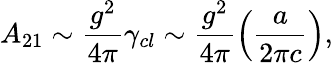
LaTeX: A_{21}\sim\frac{g^{2}}{4\pi}\gamma_{cl}\sim\frac{g^{2}}{4\pi}\left(\frac{a}{2\pi c}\right),